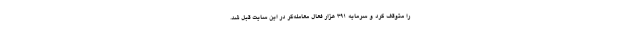
را متوقف کرد و سرمایه ۳۹۱ هزار فعال معامله‌گر در این سایت قبل شد.